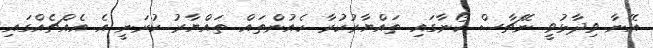
އޭނާ ވިދާޅުވީ ނޭޗާސް ކޯނާގައި ތައްޔާރުކުރާ ކެއުންތައް ތައްޔާރު ކުރަނީ އެ އެއްޗެއްގައި